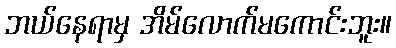
ဘယ်နေရာမှ အိမ်လောက်မကောင်းဘူး။